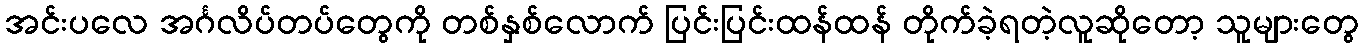
အင်းပလေ အင်္ဂလိပ်တပ်တွေကို တစ်နှစ်လောက် ပြင်းပြင်းထန်ထန် တိုက်ခဲ့ရတဲ့လူဆိုတော့ သူများတွေ